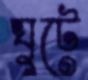
ঘুটে